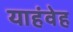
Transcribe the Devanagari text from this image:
याहंवेह